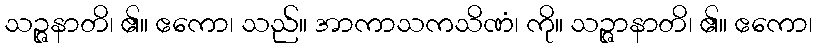
သဉ္ဇနာတိ၊ ၏။ ဧကော၊ သည်။ အာကာသကသိဏံ၊ ကို။ သဉ္ဇာနာတိ၊ ၏။ ဧကော၊